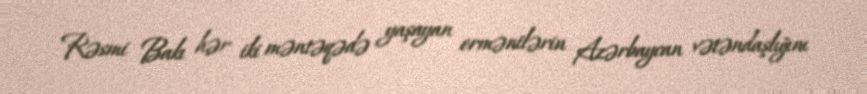
Rəsmi Bakı hər iki məntəqədə yaşayan ermənilərin Azərbaycan vətəndaşlığını